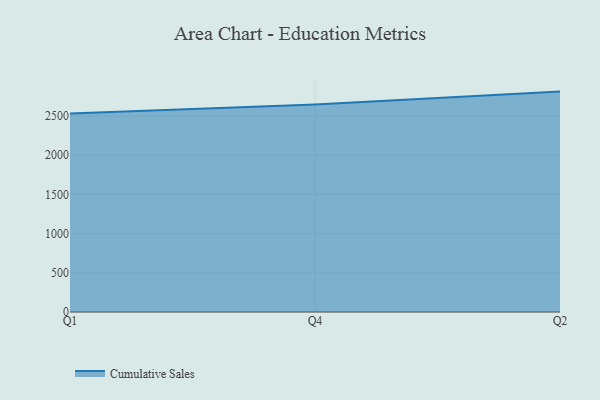
{"axis": {"x": "Quarter", "y": "Headcount"}, "legend": ["Cumulative Sales"], "data": [{"x": "Q1", "y": 2531.4, "type": "Cumulative Sales"}, {"x": "Q4", "y": 2647.2, "type": "Cumulative Sales"}, {"x": "Q2", "y": 2811.5, "type": "Cumulative Sales"}]}